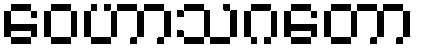
ဝေဟာသဂတော